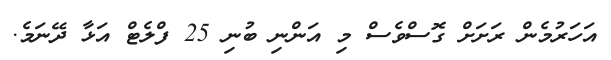
އަހަރުމެން ރަށަށް ގޮސްވެސް މި އަންނި ބުނި 25 ފްލެޓް އަޅާ ދޭނަމެ.